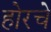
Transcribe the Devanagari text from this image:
होरचे